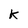
Character: K